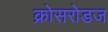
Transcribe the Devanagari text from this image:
क्रोसरोडज